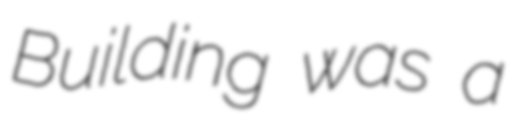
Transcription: Building was a